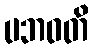
ပဘဝတိ